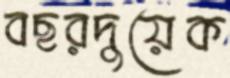
বছরদুয়েক